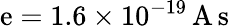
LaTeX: \mathrm{e}=1.6\times10^{-19}\, \mathrm{{A}}\, \mathrm{{s}}